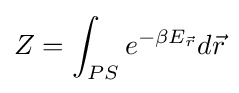
Z=\int _{PS}e^{-\beta E_{\vec {r}}}d{\vec {r}}